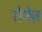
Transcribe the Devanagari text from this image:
रोजेज़